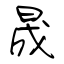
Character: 晟